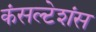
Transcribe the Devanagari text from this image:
कंसल्टेशंस